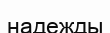
надежды